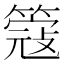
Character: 簆